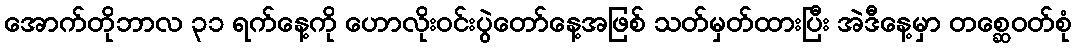
အောက်တိုဘာလ ၃၁ ရက်နေ့ကို ဟောလိုးဝင်းပွဲတော်နေ့အဖြစ် သတ်မှတ်ထားပြီး အဲဒီနေ့မှာ တစ္ဆေဝတ်စုံ